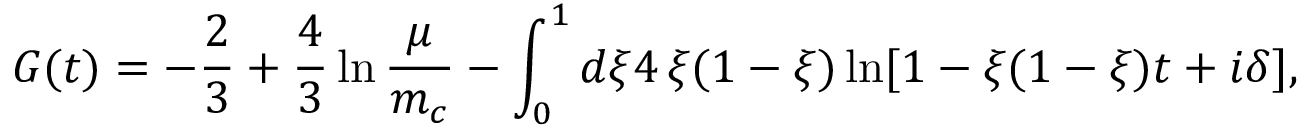
G ( t ) = - \frac { 2 } { 3 } + \frac { 4 } { 3 } \ln \frac { \mu } { m _ { c } } - \int _ { 0 } ^ { 1 } d \xi 4 \, \xi ( 1 - \xi ) \ln [ 1 - \xi ( 1 - \xi ) t + i \delta ] ,